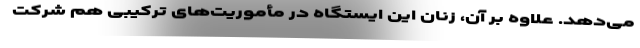
می‌دهد. علاوه بر آن، زنان این ایستگاه در مأموریت‌های ترکیبی هم شرکت